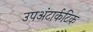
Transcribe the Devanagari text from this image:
उपअंटार्कटिक